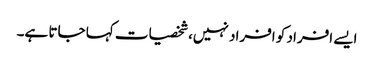
ایسے افراد کو افراد نہیں، شخصیات کہا جاتا ہے۔